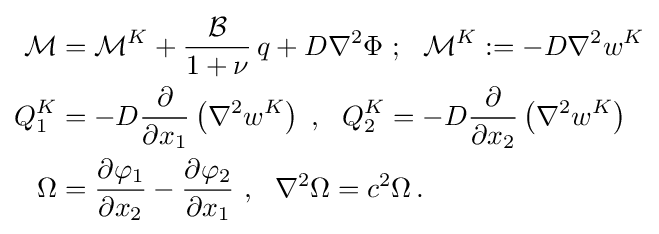
{\begin{aligned}{\mathcal {M}}&={\mathcal {M}}^{K}+{\frac {\mathcal {B}}{1+\nu }}\,q+D\nabla ^{2}\Phi ~;~~{\mathcal {M}}^{K}:=-D\nabla ^{2}w^{K}\\Q_{1}^{K}&=-D{\frac {\partial }{\partial x_{1}}}\left(\nabla ^{2}w^{K}\right)~,~~Q_{2}^{K}=-D{\frac {\partial }{\partial x_{2}}}\left(\nabla ^{2}w^{K}\right)\\\Omega &={\frac {\partial \varphi _{1}}{\partial x_{2}}}-{\frac {\partial \varphi _{2}}{\partial x_{1}}}~,~~\nabla ^{2}\Omega =c^{2}\Omega \,.\end{aligned}}